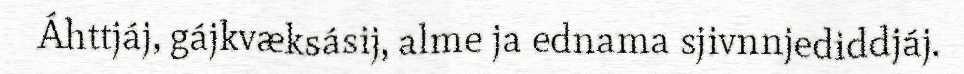
Áhttjáj, gájkvæksásij, alme ja ednama sjivnnjediddjáj.